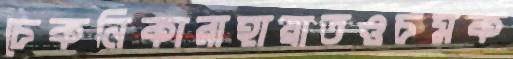
চেকনিকারাহায়াতওচমক